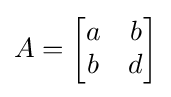
A={\begin{bmatrix}a&b\\b&d\end{bmatrix}}